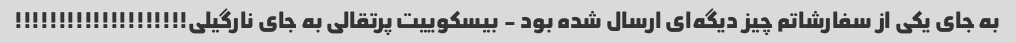
به جای یکی از سفارشاتم چیز دیگه‌ای ارسال شده بود - بیسکوییت پرتقالی به جای نارگیلی!!!!!!!!!!!!!!!!!!!!